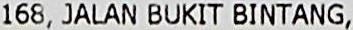
168, JALAN BUKIT BINTANG,